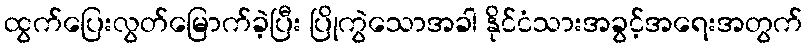
ထွက်ပြေးလွတ်မြောက်ခဲ့ပြီး ပြိုကွဲသောအခါ နိုင်ငံသားအခွင့်အရေးအတွက်